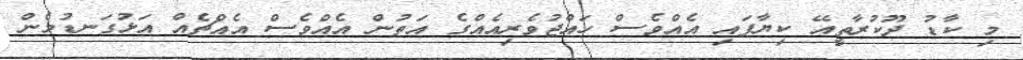
މި ކާޑު ދޫކުރާތީއޭ ކިޔާފައި އެއްވެސް ހައްޖުވެރިއެއްގެ އަތުން އެއްވެސް އެއްޗެއް އަޅުގަނޑުމެން